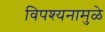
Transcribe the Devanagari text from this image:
विपश्यनामुळे